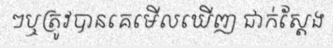
ៗឬត្រូវបានគេមើលឃើញ ជាក់ស្តែង